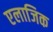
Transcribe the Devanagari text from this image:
एलाजिक